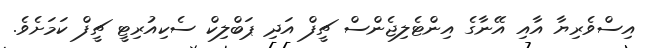
އިސްވެރިޔާ އާއި އޭނާގެ އިންޓެލިޖެންސް ޗީފް އަދި ޕަބްލިކް ސެކިއުރިޓީ ޗީފް ކަމަށެވެ.